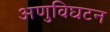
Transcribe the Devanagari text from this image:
अणुविघटन